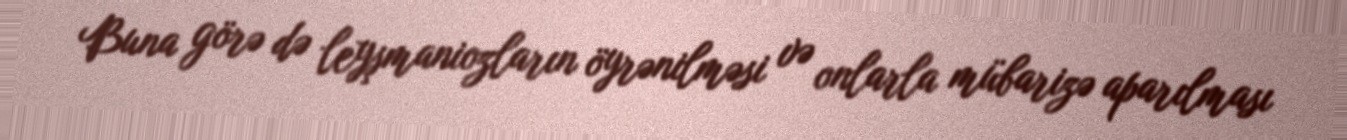
Buna görə də leyşmaniozların öyrənilməsi və onlarla mübarizə aparılması